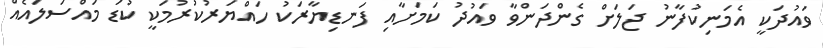
ވައުދަކީ އެމަނިކުފާނު ޖަލަށް ގެންދަންވާ ވައުދު ކަމަށާއި ފަނޑިޔާރަކު ހައްޔަރުކުރުމަކީ ކުޑަ މައްސަލައެއް